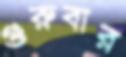
গুরুবার